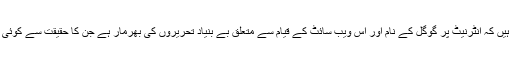
وہ لکھتے ہیں کہ انٹرنیٹ پر گوگل کے نام اور اس ویب سائٹ کے قیام سے متعلق بے بنیاد تحریروں کی بھرمار ہے جن کا حقیقت سے کوئی تعلق نہیں۔